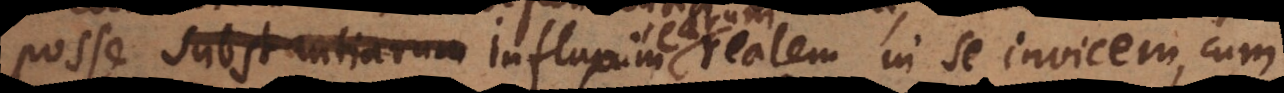
posse substantiarum influxum realem in se invicem, cum